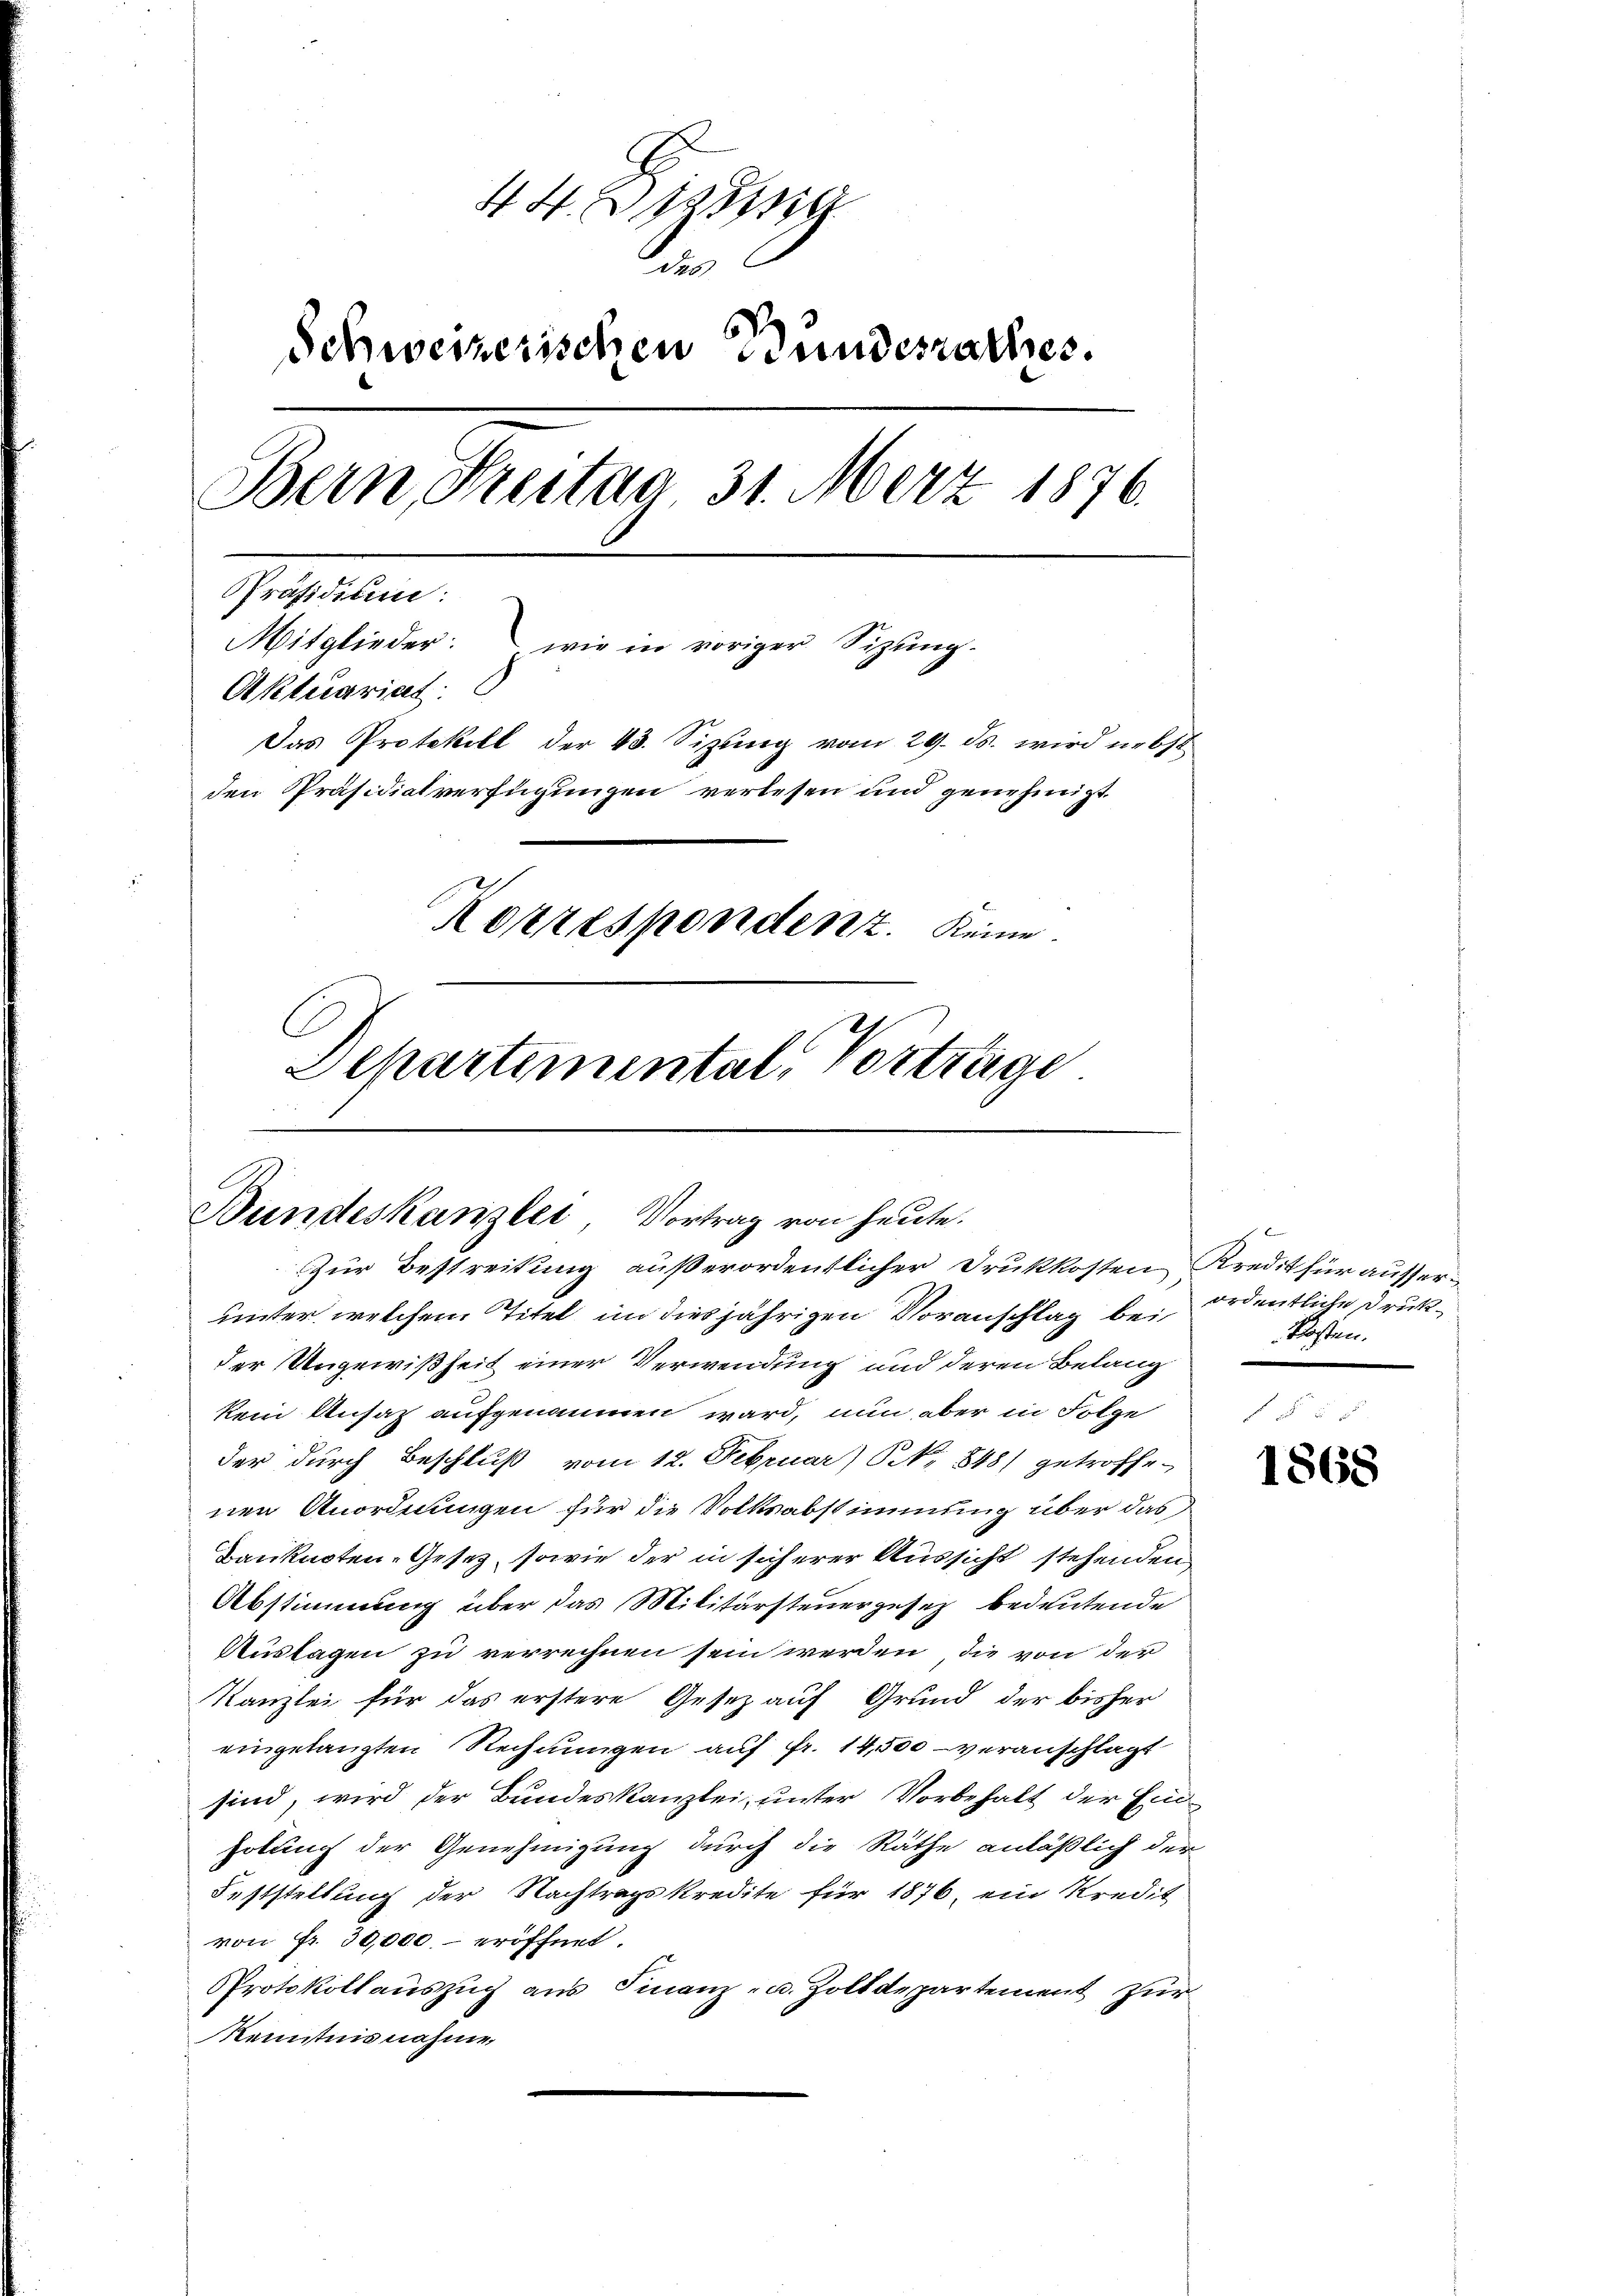
44. Diesig
n
Schweizerischen Bundesrathes.
Bern, Freitag 31. März 1876.
Präsidium:
Mitglieder: wie in voriger Sizŭng
Aktuariat
Das Protokoll der 43. Sizung vom 29. ds. wird nebst
den Präsidialverfügungen verlesen und genehmigt.
Korrespondent. Keine
l
Schartemental, Vorträge

Bundeskanzlei Vortrag von heute.
Zur Bestreitung außerordentlicher Drukkosten Kredit für ausser¬

unter welchem Titel im diesjährigen Voranschlag bei
der Ungewißheit einer Verwendung und deren Belang
kein Ansatz aufgenommen ward, nun aber in Folge
der durch Beschluß vom 12. Februar) S. 848) getroffe-
nen Anordnungen für die Volksabstimmung über das
Banknoten-Gesetz, sowie der in sicherer Aussicht stehenden
Abstimmung über das Militärsteuergesetz bedeutende
Auslagen zu verrechnen sein werden, die von der
Kanzlei für das erstere Gesez auf Grund der bisher
eingelangten Rechnungen auf Fr. 14,500 - veranschlagt
sind, wird der Bundeskanzlei, unter Vorbehalt der Einholung der Genehmigung durch die Räthe anläßlich der
Feststellung der Nachtragskredite für 1876, ein Kredit
von Fr. 30,000. eröffnet.
Protokollauszug aus Finanz- u. Zolldepartement zur
Kenntnisnahme,

ordentliche Druk¬
Kosten.

1868